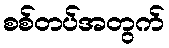
စစ်တပ်အတွက်